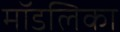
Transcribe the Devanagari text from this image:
मॉडलिका